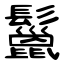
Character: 鬣